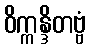
ဝိက္ကန္ဒိတဗ္ဗံ